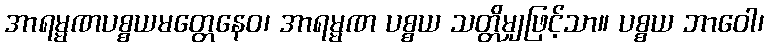
အာရမ္မဏပစ္စယမတ္တေနေဝ၊ အာရမ္မဏ ပစ္စယ သတ္တိမျှဖြင့်သာ။ ပစ္စယ ဘာဝေါ၊